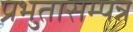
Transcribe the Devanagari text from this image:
प्रभुतासम्पन्न